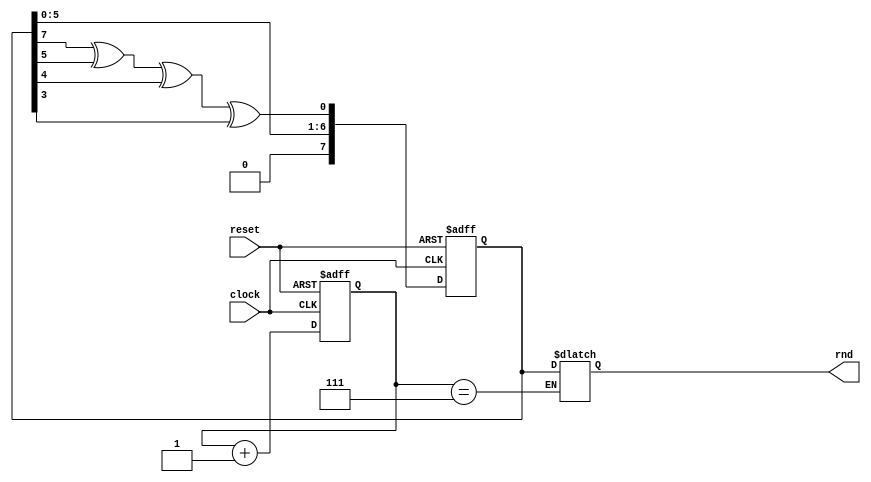
module rand (
    input clock,
    input reset,
    output [7:0] rnd 
    );

wire feedback = random[7] ^ random[5] ^ random[4] ^ random[3]; 

reg [7:0] random, random_next, random_done;
reg [2:0] count, count_next; //to keep track of the shifts

always @ (posedge clock or posedge reset)
begin
 if (reset)
 begin
  random <= 8'hF; //An LFSR cannot have an all 0 state, thus reset to FF
  count <= 0;
 end
 
 else
 begin
  random <= random_next;
  count <= count_next;
 end
end

always @ (*)
begin
 random_next = random; //default state stays the same
 count_next = count;
  
  random_next = {random[5:0], feedback}; //shift left the xor'd every posedge clock
  count_next = count + 1;

 if (count == 7)
 begin
  random_done = random; //assign the random number to output after 13 shifts
 end
 
end


assign rnd = random_done;

endmodule